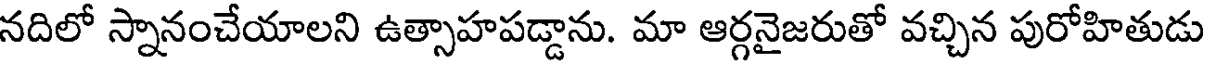
నదిలో స్నానంచేయాలని ఉత్సాహపడ్డాను. మా ఆర్గనైజరుతో వచ్చిన పురోహితుడు